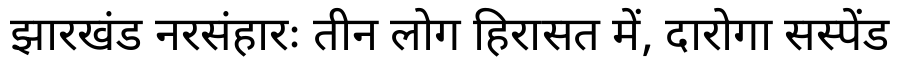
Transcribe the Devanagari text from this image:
झारखंड नरसंहारः तीन लोग हिरासत में, दारोगा सस्पेंड